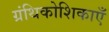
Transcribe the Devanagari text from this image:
ग्रंथिकोशिकाएँ